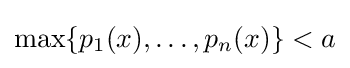
\max\{p_{1}(x),\ldots ,p_{n}(x)\}<a